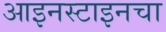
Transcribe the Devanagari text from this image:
आइनस्टाइनचा